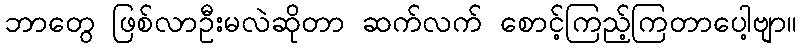
ဘာတွေ ဖြစ်လာဦးမလဲဆိုတာ ဆက်လက် စောင့်ကြည့်ကြတာပေါ့ဗျာ။